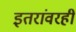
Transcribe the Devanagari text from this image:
इतरांवरही